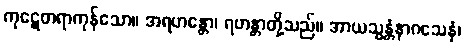
ကုဋေတရာကုန်သော။ အရဟန္တော၊ ရဟန္တာတို့သည်။ အာယသ္မန္တံနာဂသေနံ၊